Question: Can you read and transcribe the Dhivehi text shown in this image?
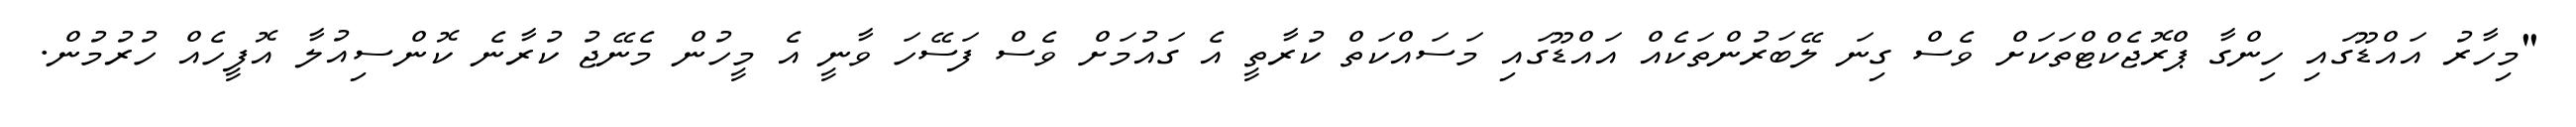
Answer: "މިހާރު އައްޑޫގައި ހިންގާ ޕްރޮޖެކްޓްތަކަށް ވެސް ގިނަ ލޭބަރުންތަކެއް އައްޑޫގައި މަސައްކަތް ކުރާތީ އެ ގައުމަށް ވެސް ފަސޭހަ ވާނީ އެ މީހުން މެނޭޖު ކުރާނެ ކޮންސިއުލާ އޮފީހެއް ހުރުމުން.